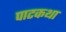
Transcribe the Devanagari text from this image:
पाटकथा